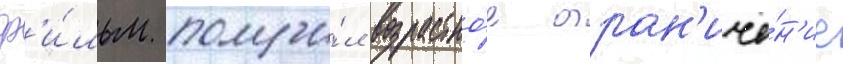
ф'и́льм получи́л возрастно́е огран'иче́н'ие